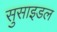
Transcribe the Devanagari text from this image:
सुसाइडल